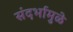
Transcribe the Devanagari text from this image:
संदर्भामुळे